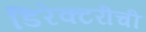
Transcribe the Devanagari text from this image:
डिरेक्टरीची